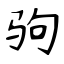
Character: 驹